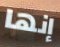
إنها